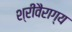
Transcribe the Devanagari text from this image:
श्रीवैराग्य